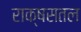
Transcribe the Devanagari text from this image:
राक्षसतल